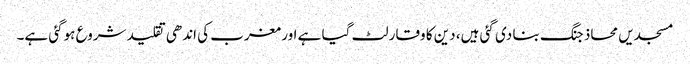
مسجدیں محاذ جنگ بنا دی گئی ہیں، دین کا وقار لٹ گیا ہے اور مغرب کی اندھی تقلید شروع ہوگئی ہے۔